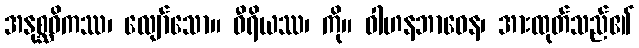
အနုစ္ဆဝိကဿ၊ လျော်သော။ ဝီရိယဿ၊ ကို။ ဝါဟနဘာဝေန၊ အားထုတ်သည်၏